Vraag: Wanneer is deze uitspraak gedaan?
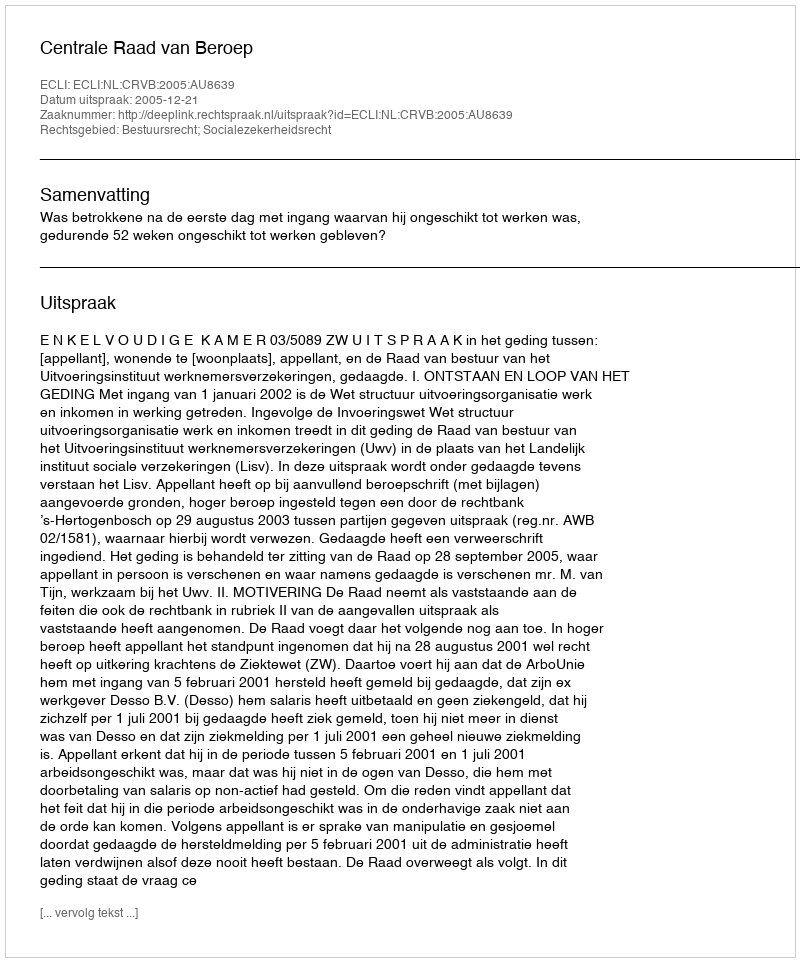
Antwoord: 2005-12-21